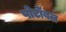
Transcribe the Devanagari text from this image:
पोर्टोबल